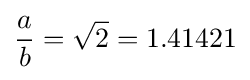
{\frac {a}{b}}={\sqrt {2}}=1.41421